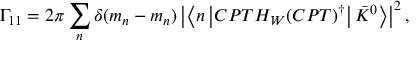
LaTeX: \Gamma _ { 1 1 } = 2 \pi \sum _ { n } \delta ( m _ { n } - m _ { n } ) \left| \left< n \left| { \cal C P T } H _ { W } ( { \cal C P T } ) ^ { \dagger } \right| \bar { K } ^ { 0 } \right> \right| ^ { 2 } ,